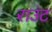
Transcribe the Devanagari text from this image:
राउंट